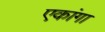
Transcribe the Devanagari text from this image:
एकांगा